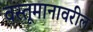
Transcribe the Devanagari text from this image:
वस्तूमानावरील